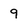
Character: 9